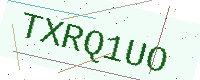
Text: TXRQ1UO